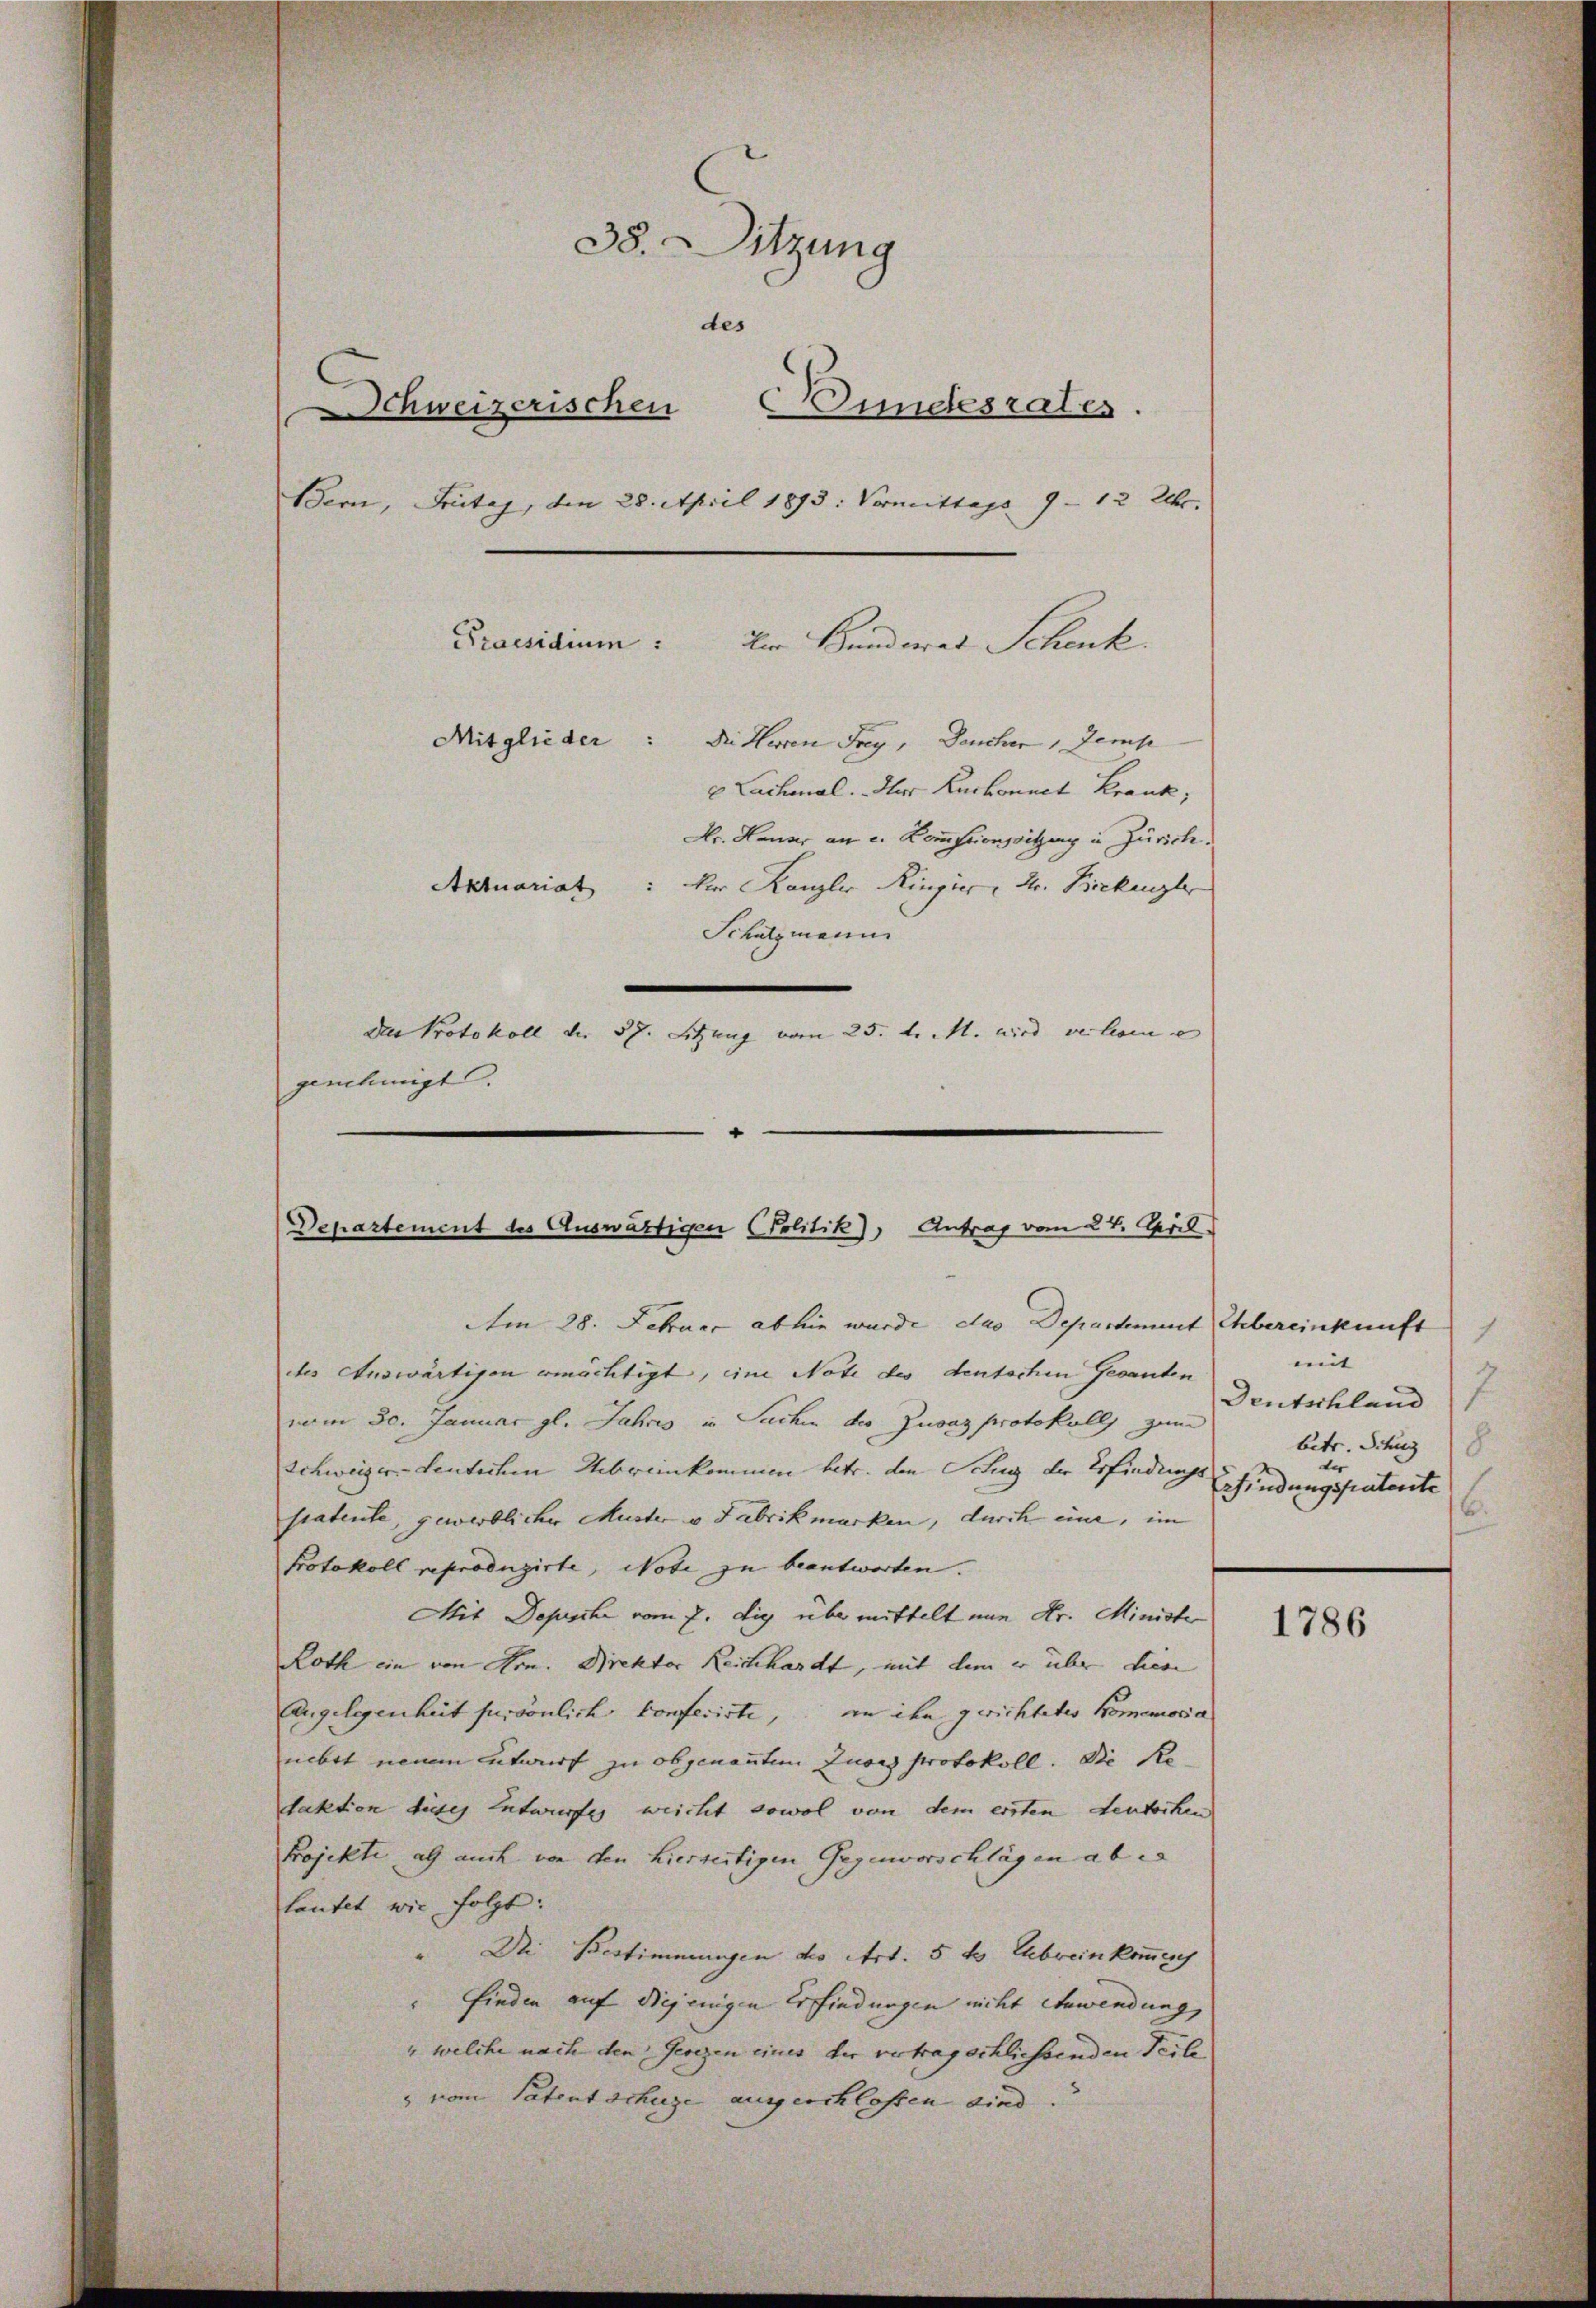
38. Sitzung
des
Schweizerischen Bundesrates.
Bern, Fritag, den 28. April 1893. Vormittags 9 - 12 Uhr.
Praesidium. Vom Bunderat Schenk
Mitglieder:
Die Herren Frey, Deucher 1 Zemp
 Lachenal. Ihr Ruchonnet Krank,
Hr. Hauer an u. Kommissionssitzung in Zürich.
Aktuariat : Der Kanzler Ringier, Hr. Bickengle
Schatzmann
Den Protokoll der 57. Sitzung vom 25. d. M. wird verlesen en
genehmigt.

Departement des Auswärtigen Politik), Antrag vom 27. April.

Am 28. Februar abhin wurde das Departement Ehbereinkunft
des Auswärtigen ermächtigt, eine Note des deutschen Gesanten
vom 30. Januar gl. Jahres in Sachen der Zuvaz protokolls zum
Schweiger Lentschen Uebereinkommen betr. den Schlug der Erfindungs Schindung unterste
satente, gewerblicher Muster u Fabrikmarken, durch eine, im
Protokoll reproduzirte, Note zu beantworten.
Mit Depesche vom 7. die über mittelt nun Hr. Minister
Roth ein von Hrn. Direktor Reichhardt, mit dem er über diese
Angelegenheit fursönlich konferirte, an ihn gerichteter Komemoria
nebet neuem Entwurf zu obgenannten Zuves Protokoll. Die Re
takten dieses Entwurfes weicht sowol von dem ersten deutschen
Projekte als auch von den hierseitigen Gegenvorschlägen ab es
lautet wie folgt:
" Die Bestimmungen des Art. 5 t Abreinkomme
finden auf diejenigen Erfindungen nicht Anwendung,
" welche nach den Gesezen eines der vertragschliessenden Teile
 vom Patentschige ausgeschlossen sind.

mit
f.
Deutschland
betr. Schurg
8

1786